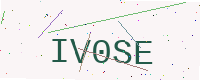
Text: IV0SE